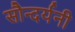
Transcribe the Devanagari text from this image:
सौन्दर्यनी